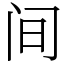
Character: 间